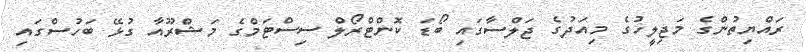
ރައްޔިތުންގެ މަޖިލީހުގެ މިއަދުގެ ޖަލްސާގައި ބޯޑަ ކޮންޓްރޯލް ސިސްޓަމްގެ މަޝްރޫއާ ގުޅޭ ބަހުސްގައި